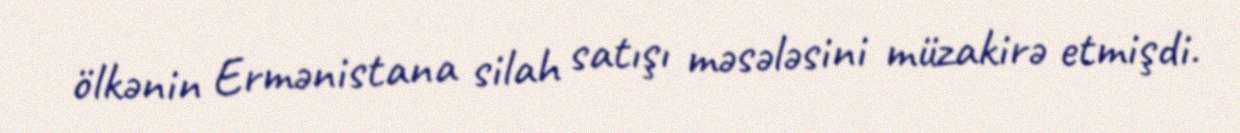
ölkənin Ermənistana silah satışı məsələsini müzakirə etmişdi.